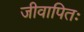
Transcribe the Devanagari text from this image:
जीवापितः